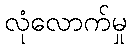
လုံလောက်မှု